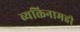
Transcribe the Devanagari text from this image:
व्यक्तिनामही